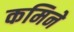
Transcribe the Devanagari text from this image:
कमिने